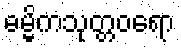
ဓမ္မိကသုတ္တဝရော